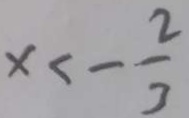
x < - \frac { 2 } { 3 }